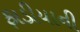
ફાડીયાની